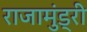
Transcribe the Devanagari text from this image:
राजामुंड्री